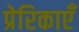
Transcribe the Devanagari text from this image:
प्रेरिकाएँ